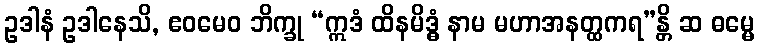
ဥဒါနံ ဥဒါနေသိ, ဧဝမေဝ ဘိက္ခု “ဣဒံ ထိနမိဒ္ဓံ နာမ မဟာအနတ္ထကရ”န္တိ ဆ ဓမ္မေ